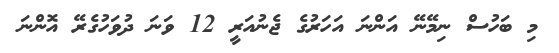
މި ބަހުސް ނިމޭނޭ އަންނަ އަހަރުގެ ޖެނުއަރީ 12 ވަނަ ދުވަހުގެރޭ އޮންނަ